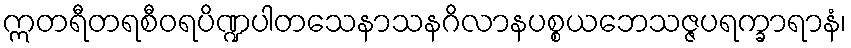
ဣတရီတရစီဝရပိဏ္ဍပါတသေနာသနဂိလာနပစ္စယဘေသဇ္ဇပရက္ခာရာနံ၊